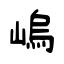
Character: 嵨